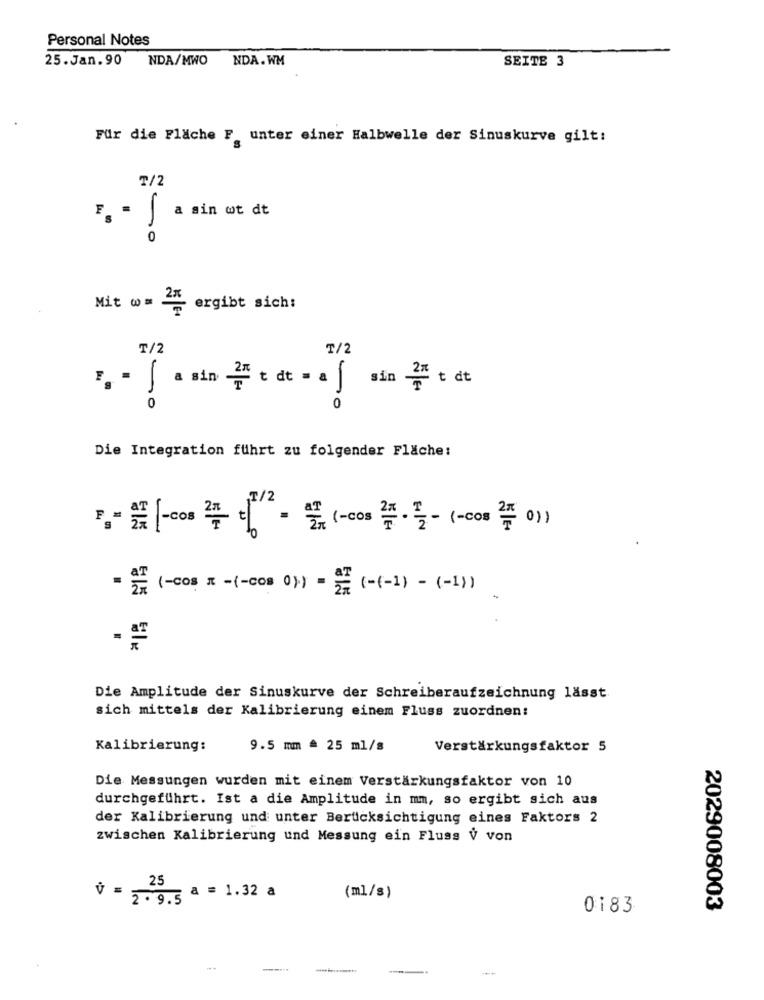
Personal Notes
25.Jan.90 NDA/MWO
NDA. WM
SEITE 3
Für die Fläche F. unter einer Halbwelle der Sinuskurve gilt:
₸/2
a sin wt dt
Mit w= = ergibt sich:
T/2
T/2
sin 27 t dt
0
Die Integration führt zu folgender Fläche:
』 == [-co: 픈디 · 露 (-cos 쯤 ·플- (-cos 쯤 이)
" 2% (-cos x -(-cos 0) = 24 (-(-1) - (-1)
Die Amplitude der Sinuskurve der Schreiberaufzeichnung lässt
sich mittels der Kalibrierung einem Fluss zuordnen:
Kalibrierung:
9.5 mm = 25 ml/s
Verstärkungsfaktor 5
Die Messungen wurden mit einem Verstärkungsfaktor von 10
durchgeführt. Ist a die Amplitude in mm, so ergibt sich aus
der Kalibrierung und unter Berücksichtigung eines Faktors 2
zwischen Kalibrierung und Messung ein Fluss V von
25
V = 2 . 9.5 ª = 1.32 a
(ml/s)
0183
2029008003